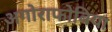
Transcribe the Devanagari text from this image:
अगोराफोबिया